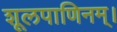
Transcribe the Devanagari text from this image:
शूलपाणिनम्।